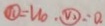
\textcircled { 1 1 } = u _ { 0 } . \textcircled { v _ { 2 } } = 0 .